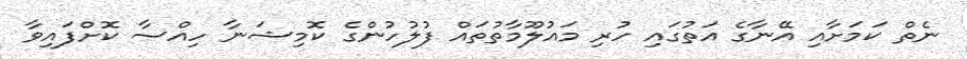
ނެތް ކަމަށާއި އޭނާގެ އަތުގައި ހުރި މައުލޫމާތުތައް ފުލުހުންގެ ކޮމިޝަނާ ހިއްސާ ކޮށްފަައިވާ